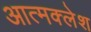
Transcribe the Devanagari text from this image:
आत्मक्लेश